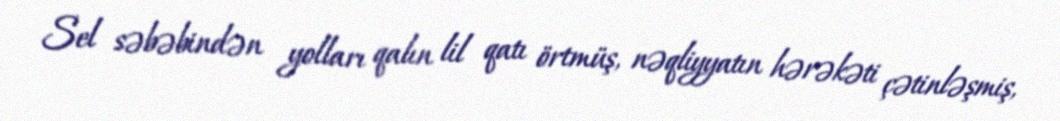
Sel səbəbindən yolları qalın lil qatı örtmüş, nəqliyyatın hərəkəti çətinləşmiş,